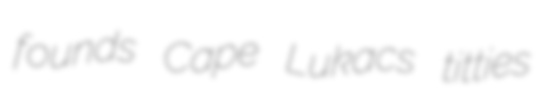
founds Cape Lukacs titties